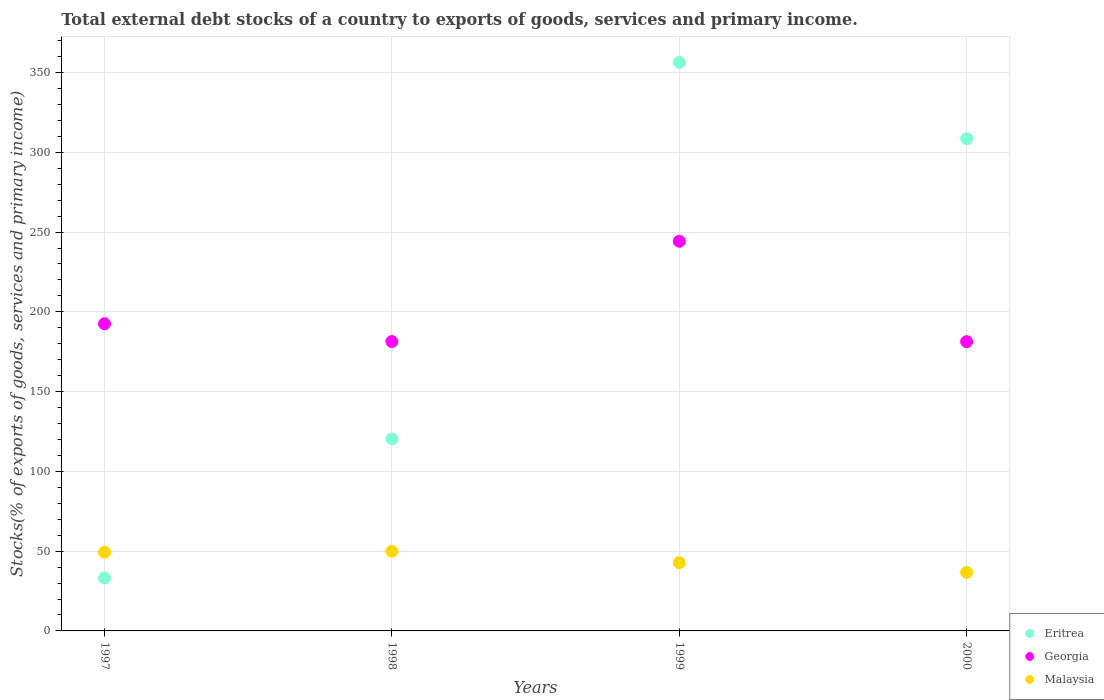
| Years | Eritrea | Georgia | Malaysia |
 | --- | --- | --- | --- |
 | 1997 | 33.3 | 193 | 49.3 |
 | 1998 | 120 | 181 | 49.9 |
 | 1999 | 356 | 244 | 42.8 |
 | 2000 | 309 | 181 | 36.7 |